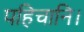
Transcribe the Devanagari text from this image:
पहिचानि।